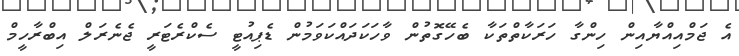
އެ ޖަމްއިއްޔާއިން ހިންގާ ހަރަކާތްތަކާ ބެހޭގޮތުން ވާހަކަދައްކަވަމުން ޑެޕިއުޓީ ސެކްރެޓަރީ ޖެނެރަލް އިބްރާހީމް